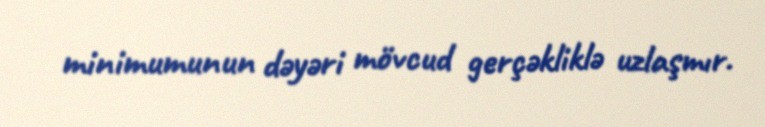
minimumunun dəyəri mövcud gerçəkliklə uzlaşmır.